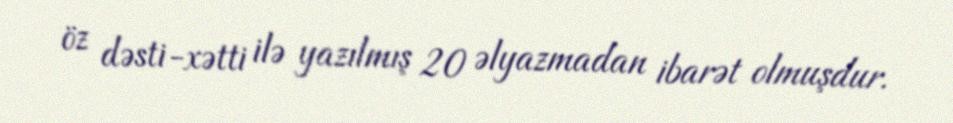
öz dəsti-xətti ilə yazılmış 20 əlyazmadan ibarət olmuşdur.